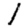
Digit: 1